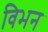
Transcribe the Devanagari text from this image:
विभन